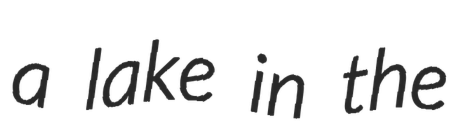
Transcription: a lake in the